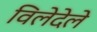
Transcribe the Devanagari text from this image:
विलेदेले